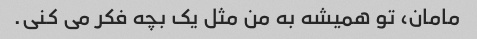
مامان، تو همیشه به من مثل یک بچه فکر می کنی.